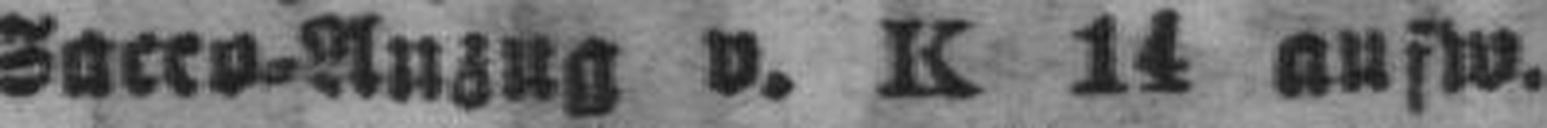
Sacco=Anzug v. K 14 ausw.